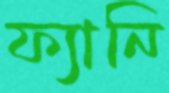
ফ্যানি